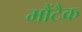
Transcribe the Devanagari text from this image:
मौंटैक